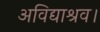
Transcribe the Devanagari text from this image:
अविद्याश्रव।